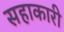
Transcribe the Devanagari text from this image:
सहाकारी